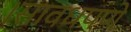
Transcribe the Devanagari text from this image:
।सावधपणे